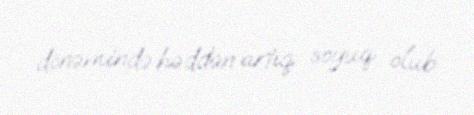
dönəmində həddən artıq soyuq olub.